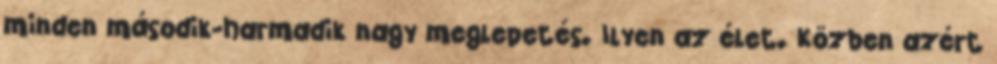
minden második-harmadik nagy meglepetés. Ilyen az élet. Közben azért